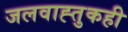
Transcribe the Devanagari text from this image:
जलवाह्तुकही